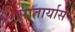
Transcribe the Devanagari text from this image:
सातार्यास